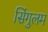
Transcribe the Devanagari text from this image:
सिंगुलम